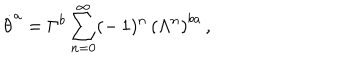
\dot { \theta } ^ { a } = \Gamma ^ { b } \sum _ { n = 0 } ^ { \infty } ( - \, 1 ) ^ { n } \, \left( \Lambda ^ { n } \right) ^ { b a } \, ,